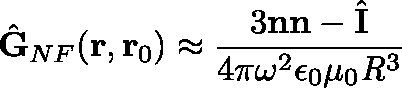
\hat { \mathbf { G } } _ { N F } ( \mathbf { r } , \mathbf { r } _ { 0 } ) \approx \frac { 3 \mathbf { n } \mathbf { n } - \hat { \mathbf { I } } } { 4 \pi \mathit { \omega } ^ { 2 } \epsilon _ { 0 } \mu _ { 0 } \mathit { R } ^ { 3 } }